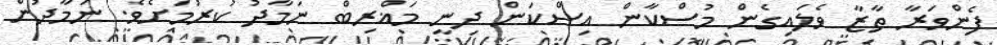
ފެންވަރާ ތާޒާ ވެލައިގެން މުސްކާން އިސްކަން ދިނީ މަޣްރިބް ނަމާދު ކުރުމަށެވެ. ނަމާދުން